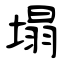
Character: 塌